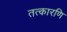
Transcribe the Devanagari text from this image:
तत्कारणि